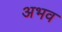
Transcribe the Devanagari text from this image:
अभव